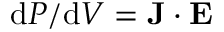
\mathrm { d } P / \mathrm { d } V = \mathbf { J } \cdot \mathbf { E }